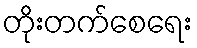
တိုးတက်စေရေး